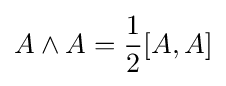
A\wedge A={\frac {1}{2}}[A,A]